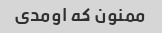
ممنون که اومدی